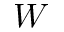
W